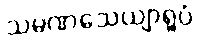
သမဏသေယျာရူပံ